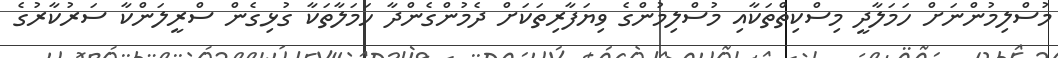
މުސްލިމުންނަށް ހަމަލާދީ މިސްކިތްތަކާއި މުސްލިމުންގެ ވިޔަފާރިތަކަށް ދެމުންގެންދާ ހަމަލާތަކާ ގުޅިގެން ސްރީލަންކާ ސަރުކާރުގެ